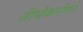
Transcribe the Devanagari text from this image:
तीर्थंकरोंको